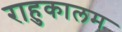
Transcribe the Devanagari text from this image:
राहुकालम